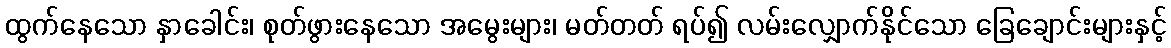
ထွက်နေသော နှာခေါင်း၊ စုတ်ဖွားနေသော အမွေးများ၊ မတ်တတ် ရပ်၍ လမ်းလျှောက်နိုင်သော ခြေချောင်းများနှင့်